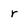
Character: r